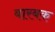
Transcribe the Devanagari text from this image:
बारबक